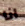
انا